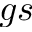
g s